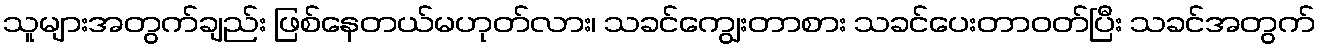
သူများအတွက်ချည်း ဖြစ်နေတယ်မဟုတ်လား၊ သခင်ကျွေးတာစား သခင်ပေးတာဝတ်ပြီး သခင်အတွက်